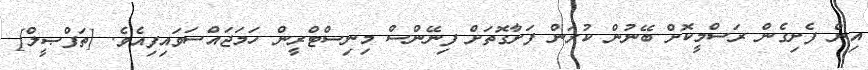
އިން ފެށިގެން ރަސްމީކޮށް ބޭނުން ކުރަން ފަށާގޮތަށް ފިނޭންސް މިނިސްޓްރީން ހަމަޖައްސަވައިފިއެވެ. [ތަފްޞީލް]